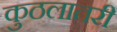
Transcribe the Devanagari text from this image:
कुठलातरी